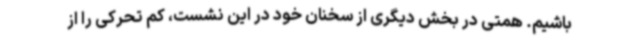
باشیم. همتی در بخش دیگری از سخنان خود در این نشست، کم تحرکی را از